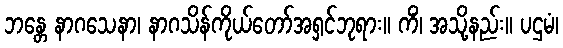
ဘန္တေ နာဂသေနာ၊ နာဂသိန်ကိုယ်တော်အရှင်ဘုရား။ ကိံ၊ အသို့နည်း။ ပဌမံ၊